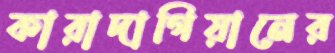
কারাদাগিয়ানের